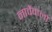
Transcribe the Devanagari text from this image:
नार्वेवालों